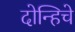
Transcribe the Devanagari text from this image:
दोन्हिचे